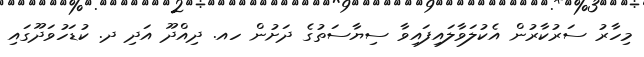
މިހާރު ސަރުކާރުން އެކުލަވާލައިފައިވާ ސިޔާސަތުގެ ދަށުން ހއ. ދިއްދޫ އަދި ދ. ކުޑަހުވަދޫގައި